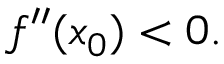
f ^ { \prime \prime } ( x _ { 0 } ) < 0 .